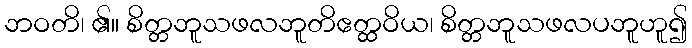
ဘဝတိ၊ ၏။ စိတ္တဘူသဖလဘူတိဧတ္ထဝိယ၊ စိတ္တဘူသဖလပဘူဟူ၍